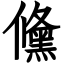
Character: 儵